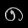
Digit: ၈